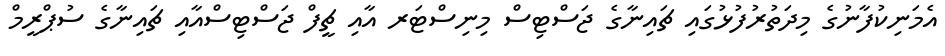
އެމަނިކުފާނުގެ މިދަތުރުފުޅުގައި ޗައިނާގެ ޖަސްޓިސް މިނިސްޓަރ އާއި ޗީފް ޖަސްޓިސްއާއި ޗައިނާގެ ސުޕްރީމް